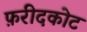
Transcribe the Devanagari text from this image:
फ़रीदकोट